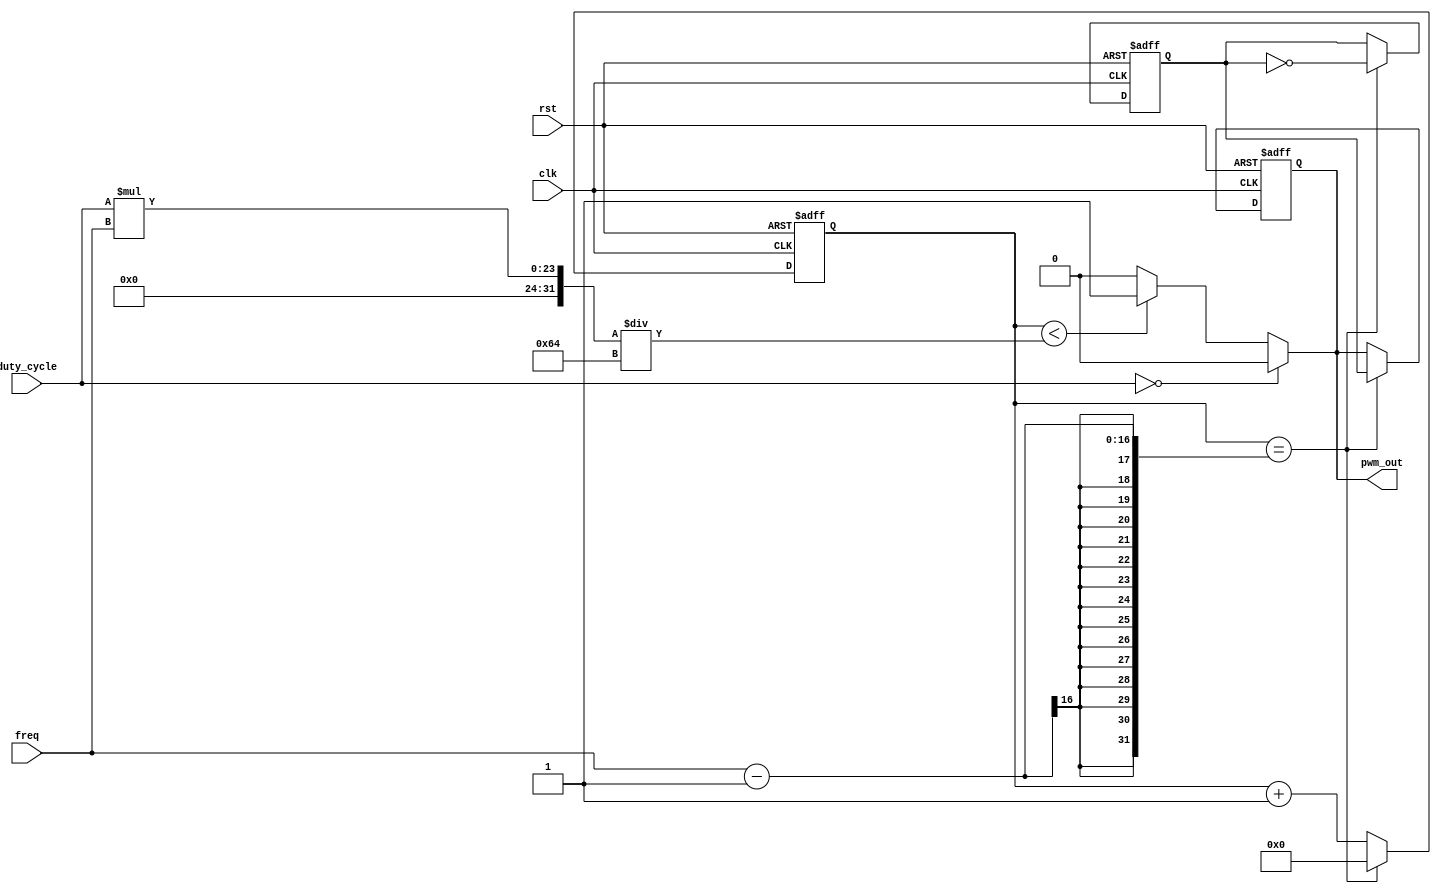
module pwm_generator(
    input wire clk, // Clock input
    input wire rst, // Reset input
    input wire [15:0] freq, // Input frequency
    input wire [7:0] duty_cycle, // Duty cycle percentage
    output reg pwm_out // PWM output
);

reg [15:0] count;
reg pwm_state;

always @ (posedge clk or posedge rst) begin
    if (rst) begin
        count <= 0;
        pwm_state <= 0;
        pwm_out <= 0;
    end else begin
        if (count == freq-1) begin
            count <= 0;
            pwm_out <= pwm_state;
            pwm_state <= !pwm_state;
        end else begin
            count <= count + 1;
        end
    end
end

always @ (*) begin
    if (duty_cycle == 0) begin
        pwm_out = 0;
    end else if (count < (duty_cycle * freq)/100) begin
        pwm_out = 1;
    end else begin
        pwm_out = 0;
    end
end

endmodule